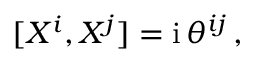
[ X ^ { i } , X ^ { j } ] = \ensuremath { \mathrm { i } } \, \theta ^ { i j } \, ,